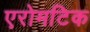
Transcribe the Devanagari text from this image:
एरोमटिक